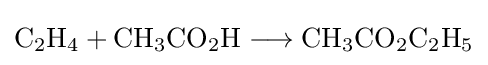
{\mathrm {C} {\vphantom {A}}_{\smash[{t}]{2}}\mathrm {H} {\vphantom {A}}_{\smash[{t}]{4}}{}+{}\mathrm {CH} {\vphantom {A}}_{\smash[{t}]{3}}\mathrm {CO} {\vphantom {A}}_{\smash[{t}]{2}}\mathrm {H} {}\mathrel {\longrightarrow } {}\mathrm {CH} {\vphantom {A}}_{\smash[{t}]{3}}\mathrm {CO} {\vphantom {A}}_{\smash[{t}]{2}}\mathrm {C} {\vphantom {A}}_{\smash[{t}]{2}}\mathrm {H} {\vphantom {A}}_{\smash[{t}]{5}}}